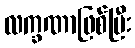
လက္ခဏာဖြစ်ပြီး